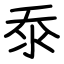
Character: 沗